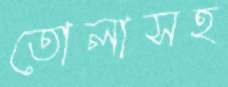
তোলাসহ